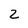
Character: 2